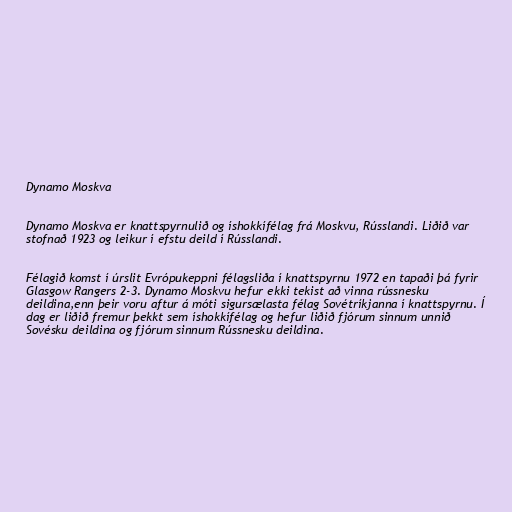
Dynamo Moskva

Dynamo Moskva er knattspyrnulið og íshokkífélag frá Moskvu, Rússlandi. Liðið var
stofnað 1923 og leikur í efstu deild í Rússlandi.

Félagið komst í úrslit Evrópukeppni félagsliða í knattspyrnu 1972 en tapaði þá fyrir
Glasgow Rangers 2-3. Dynamo Moskvu hefur ekki tekist að vinna rússnesku
deildina,enn þeir voru aftur á móti sigursælasta félag Sovétríkjanna í knattspyrnu. Í
dag er liðið fremur þekkt sem íshokkífélag og hefur liðið fjórum sinnum unnið
Sovésku deildina og fjórum sinnum Rússnesku deildina.